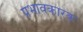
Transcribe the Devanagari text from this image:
प्रभावकारक